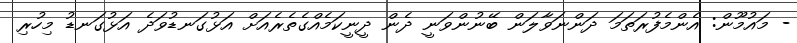
- މައުމޫން: އެންމެފުރަތަމަ ދަންނަވާލަން ބޭނުންވަނީ ދެން ދީނީކަމެއްގެތެރެއަށް އަޅުގަނޑުވަދެ އަޅުގަނޑު މިހުރި